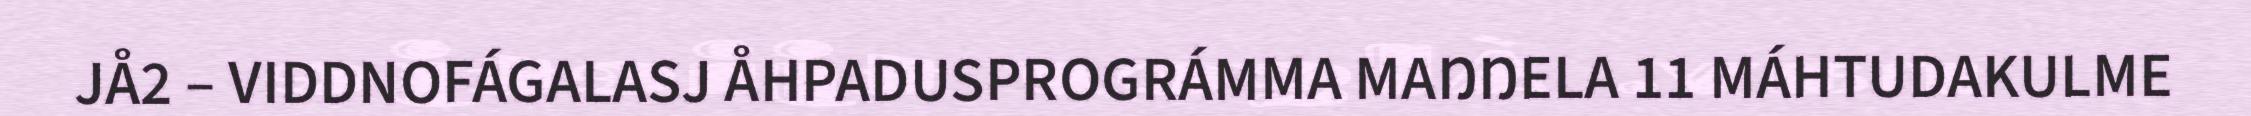
JÅ2 – VIDDNOFÁGALASJ ÅHPADUSPROGRÁMMA MAŊŊELA 11 MÁHTUDAKULME